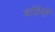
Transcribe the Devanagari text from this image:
बहिरीं